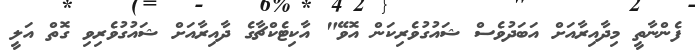
ފެންނާތީ މިދާއިރާއަށް އަބަދުވެސް ޝައުގުވެރިކަން އޮވޭ" އާކިޓެކްޗާގެ ދާއިރާއަށް ޝައުގުވެރިވި ގޮތް އަލީ